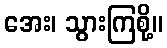
အေး၊ သွားကြစို့။